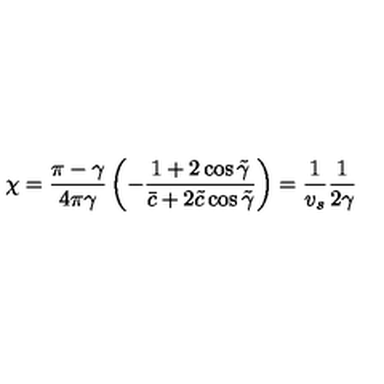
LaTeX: \chi = \frac { \pi - \gamma } { 4 \pi \gamma } \left( - \frac { 1 + 2 \cos \tilde { \gamma } } { \bar { c } + 2 \tilde { c } \cos \tilde { \gamma } } \right) = \frac { 1 } { v _ { s } } \frac { 1 } { 2 \gamma }